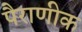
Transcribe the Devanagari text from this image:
पैराणीक